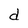
Character: d